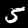
Label: 5